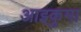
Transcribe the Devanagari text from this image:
आइकुमा